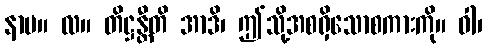
နာမ။ လ။ တိဋ္ဌန္တီတိ အာဒိ၊ ဤသို့အစရှိသောစကားကို။ ဝါ၊